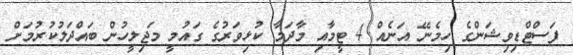
ފަސްޓްޑިވިޝަންގެ ހިމެނޭ އަނެއް 4 ޓީމާއި މާދަމާ ކުޅިވަރުގެ ގައުމީ މަޖިލީހުން ބައްދަލުކުރުމަށް